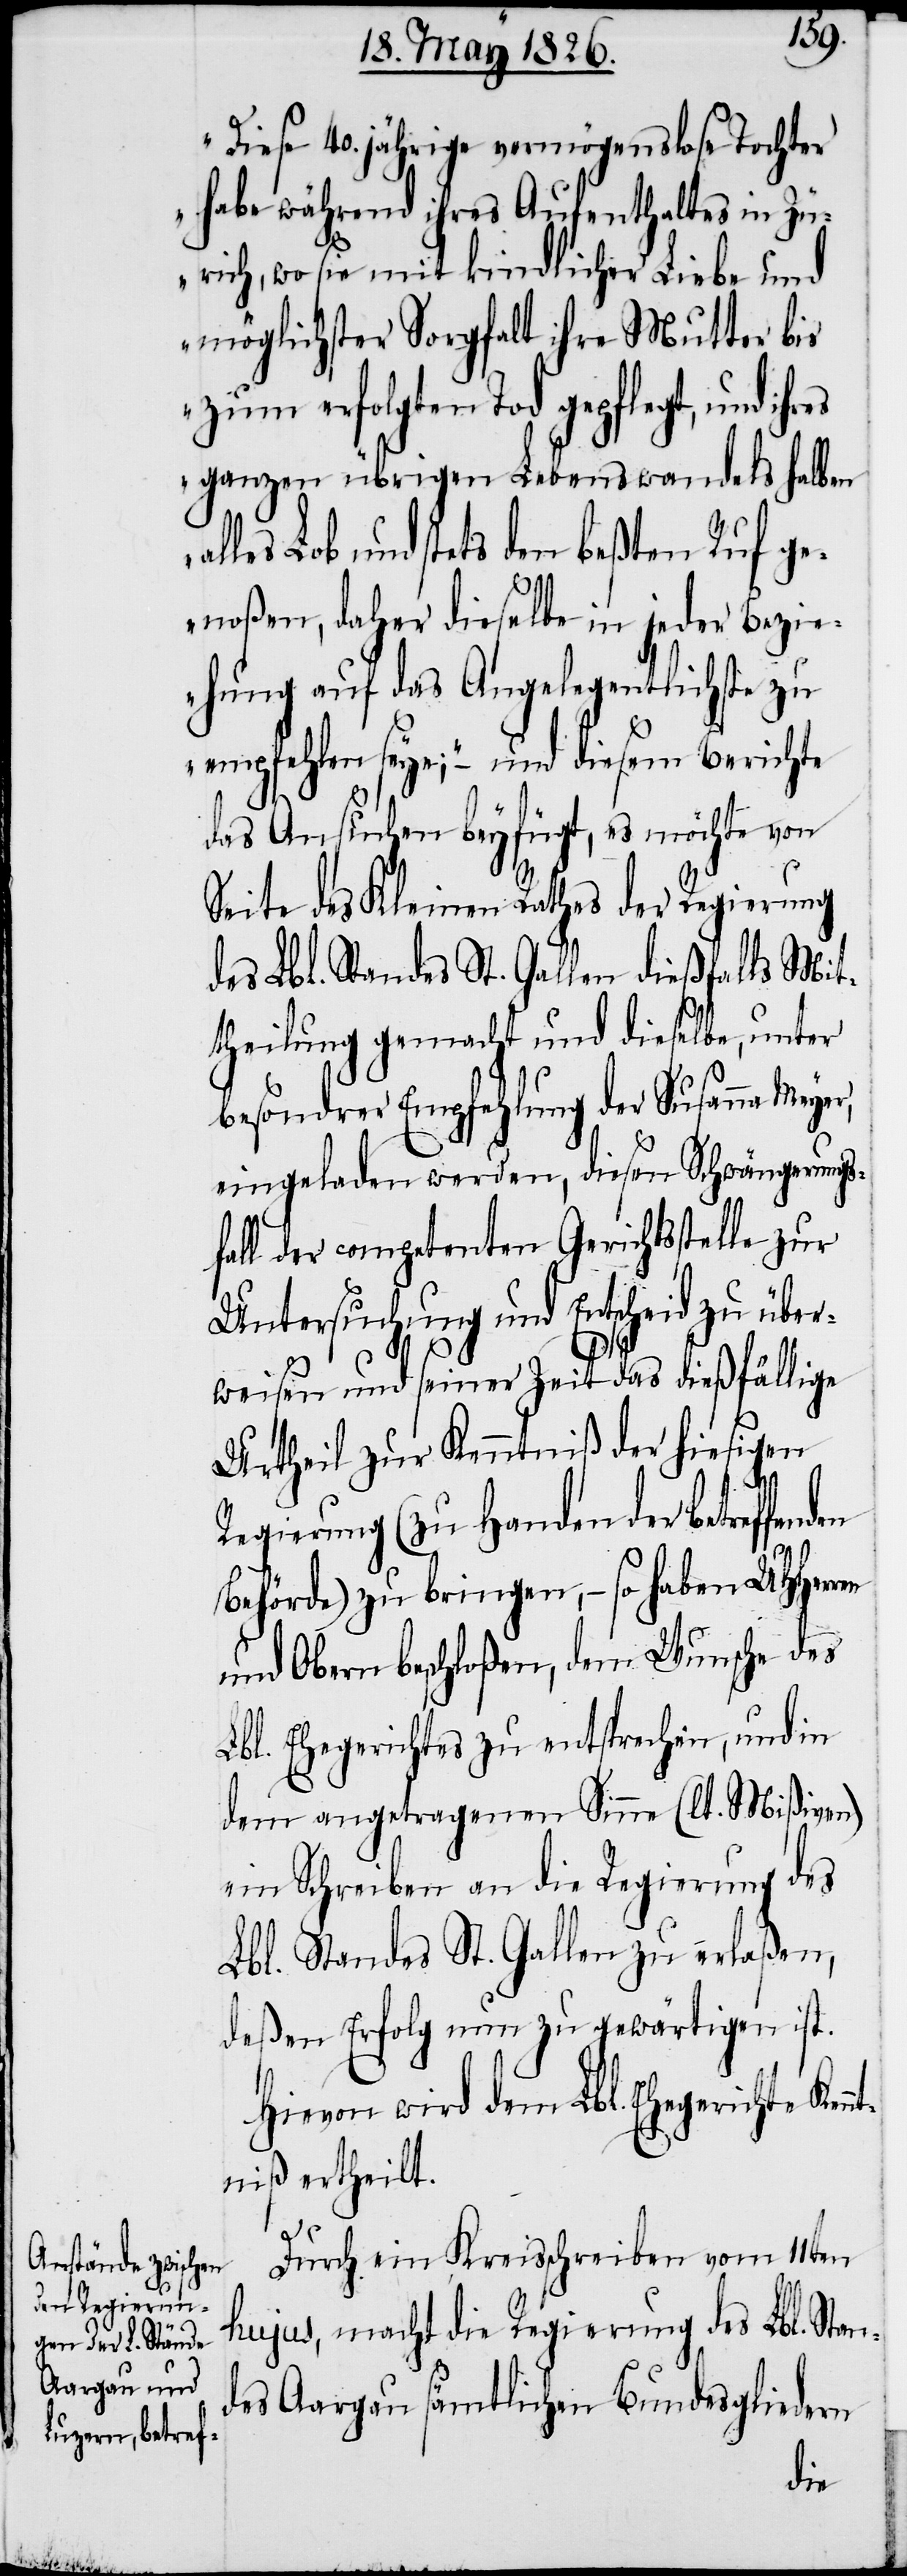
Diese 40. jährige vermögenslose Tochter
habe während ihres Aufenthaltes in Zü¬
rich, wo sie mit kindlicher Liebe und
möglichster Sorgfalt ihre Mutter bis
zum erfolgten Tod gepflegt, und ih¬
ganzen übrigen Lebenswandels halben
alles Lob und stets den beßten Ruf ge¬
noßen, daher dieselbe in jeder Bezi¬
ehung auf das Angelegentlichste zu
empfehlen seye;“ – und diesem Berichte
das Ansuchen beyfügt, es möchte von
Seite des Kleinen Rathes der Regierung
des Lbl. Standes St. Gallen dießfalls Mit¬
theilung gemacht und dieselbe, unter
besondrer Empfehlung der Susanna Me¬
eingeladen werden, diesen Schwängerungs¬
fall der competenten Gerichtsstelle zur
Untersuchung und Entscheid zu übe¬
rweisen und seiner Zeit das dießfällige
Urtheil zur Kenntniß der hiesigen
ren
Regierung (zu Handen der betreffenden
Behörde) zu bringen, – so haben UHHer¬
und Obern beschloßen, dem Wunsche des
Lbl. Ehegerichtes zu entsprechen, und in
dem angetragenen Sinne (lt. Mißiven)
ein Schreiben an die Regierung des
Lbl. Standes St. Gallen zu erlaßen,
deßen Erfolg nun zu gewärtigen ist.
Hievon wird dem Lbl. Ehegerichte Ken¬
ntniß ertheilt.
Durch ein Kreisschreiben vom 11ten
hujus, macht die Regierung des Lbl. Stan¬
des Aargau sämtlichen Bundesgliedern